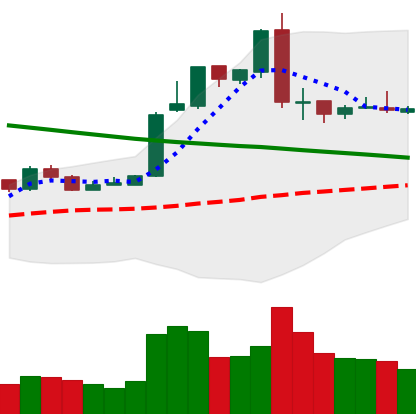
Ticker: EOS-USD
Chart end date: 2019-03-02
Forward return: 7.634%
Label: up_7plus